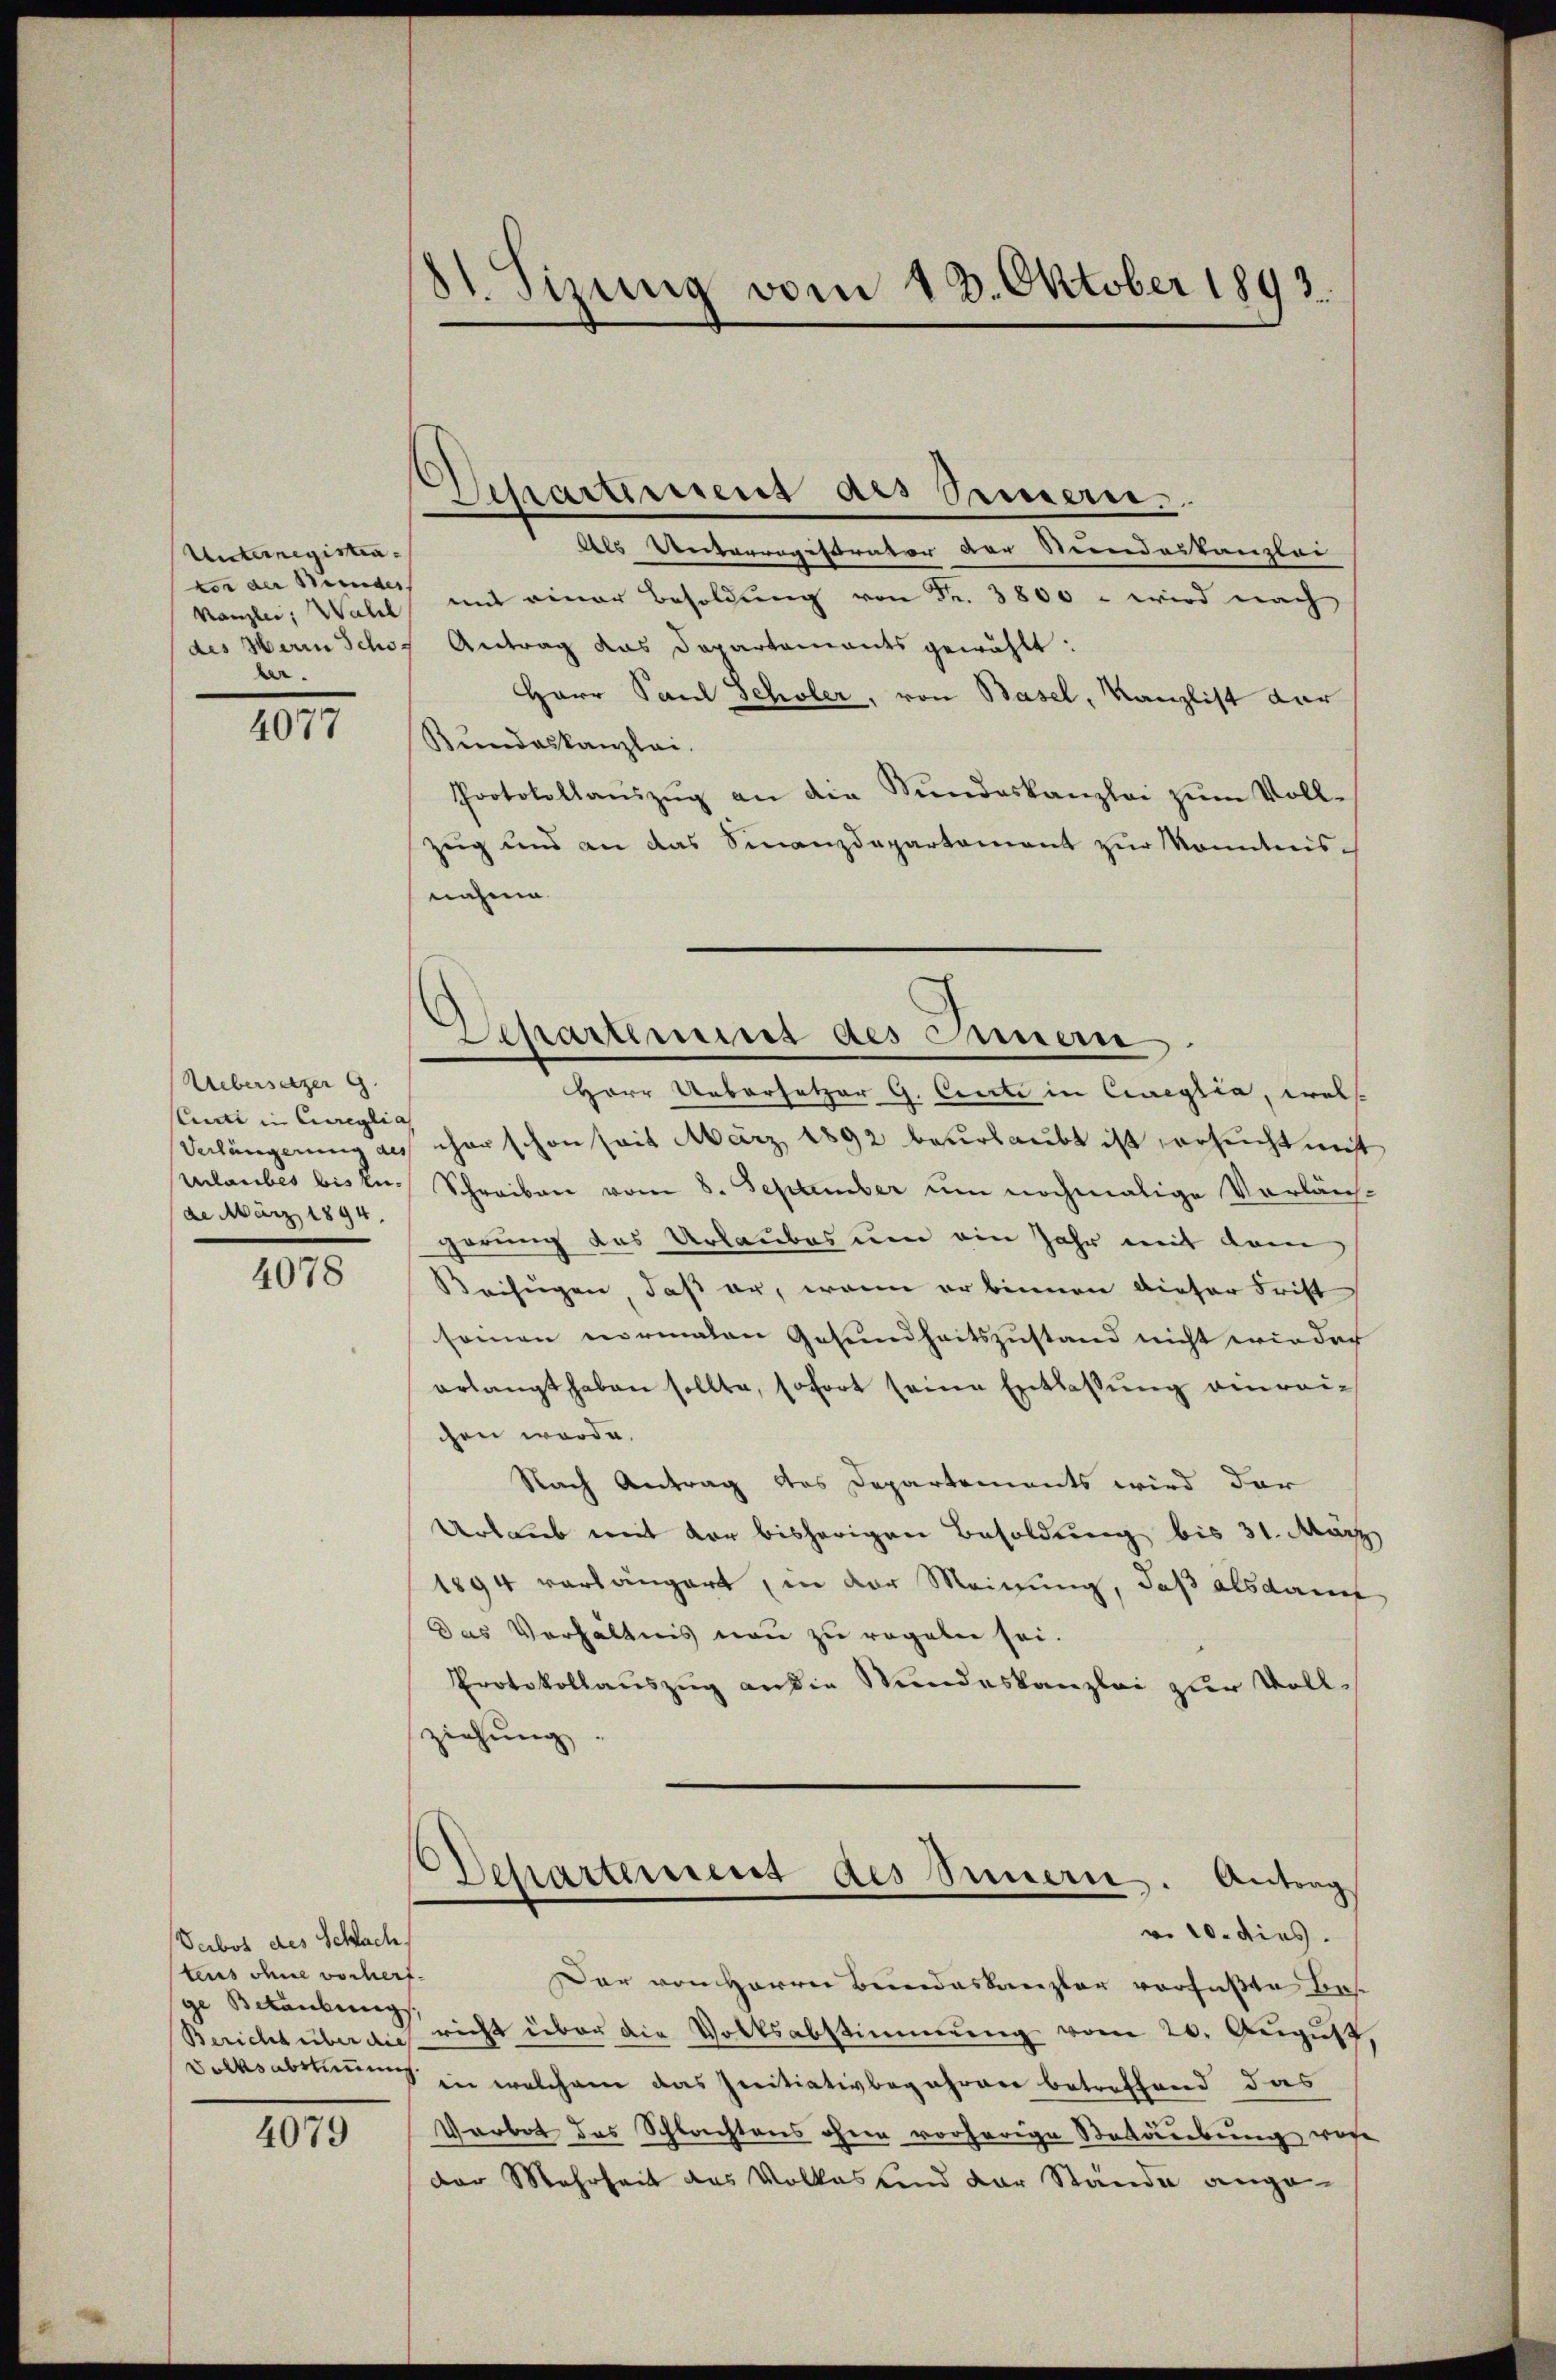
Unterregistravor der Meinder
Kanzlei, Wall
des Herrn Schöber.

4077

Uebersetzer g
Curti in Cureglia
Verlängerung des
Urlaubes bis zu-
de März 1894.

4078

Serbot des Schlach,
tens ohne vorherf.
ge Betäubung
Bericht über dies
Volksabstimmung

4079

11. Sizung vom 13. Oktober 1893.

)
Departement als Simern..

Als Unterregistrator der Stundeskanzlei
mit einer Besoldung von Fr. 3800 - wird nach
Antrag das Dapartaments gewählt:
Herr Paul scholer, von Basel, Kanzlist dar
Bundeskanzlei.
Protokollanzŭg an die Sŭndeskanzlei zŭm Voll-
zug und an das Finanzdepartement zur Kenntnisnahme
Herr Uebersetzer G. Crecte in Cineglia, wel
cher schon seit März 1892 beurlaubt ist ersucht nicht
Schreiben vom 8. September um nochmalige Vorläugerung das Urlaubes um ein Jahr mit dem
Beifügen, daß er, wenn er binnen dieser Frist
seinen normalen Gesundheitszustand nicht wieder
erlangt haben sollte, sofort seine Entlassŭng anreihen werde.
Nach Antrag des Departements wird der
Urlaub mit der bisherigen Besoldung bis 31. März
1894 verlängert, in der Meinung, daß alsdann
Das Verhältnis neu zu regeln sei.
Protokollauszug an die Wundeskanzlei zur Voll-
ziehung
Departement des Innern. Antrag
vo 10. dies
Dar von Herrn Bundeskanzler verfaßte Besricht über die Volksabstimmung vom 20. August
in welchem das Preitiativbegehren betreffend das
Verbot des Schlachtens ohne vorherige Stadiebung wege
der Mehrheit des Volkassend der Stande ange-

Departirung des Innern